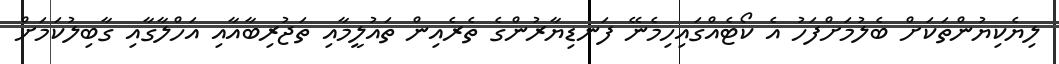
ލިޔެކިޔުންތަކަށް ބެލުމަށްފަހު އެ ކޯޓެއްގައިހިމެނޭ ފަނޑިޔާރުންގެ ތެރެއިން ތައުލީމާއި ތަޖުރިބާއާއި އަހްލާގާއި ގާބިލުކަމަށް